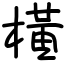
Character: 橫